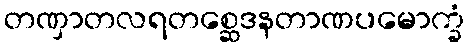
တဏှာတလရတစ္ဆေဒနတာဏပမောက္ခံ